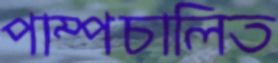
পাম্পচালিত